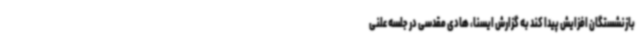
بازنشستگان افزایش پیدا کند به گزارش ایسنا، هادی مقدسی در جلسه علنی